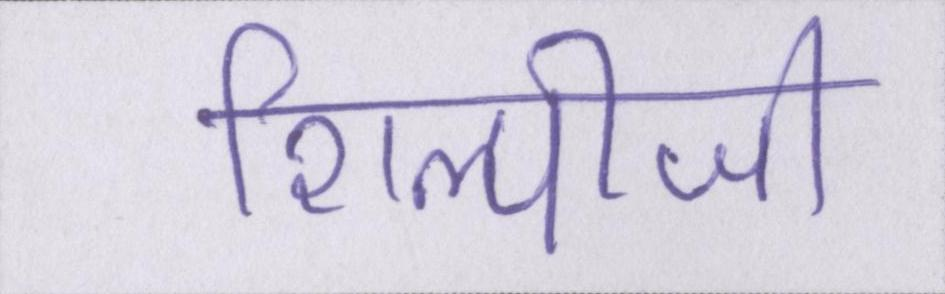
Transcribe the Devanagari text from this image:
शिल्पीजी